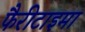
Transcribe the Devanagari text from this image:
फैरीटाइमा